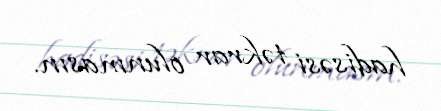
hadisəsi təkrar olunmasın.